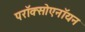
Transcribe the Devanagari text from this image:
परॉक्सोएनॉयन